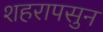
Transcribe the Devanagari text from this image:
शहरापसुन